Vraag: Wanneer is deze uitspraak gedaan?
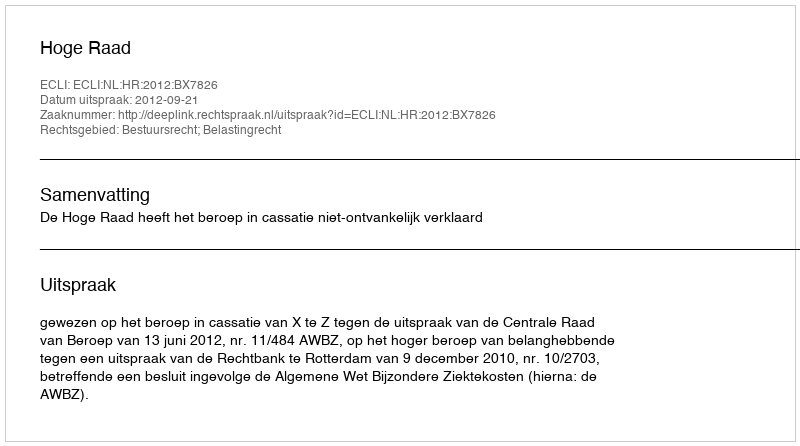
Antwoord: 2012-09-21